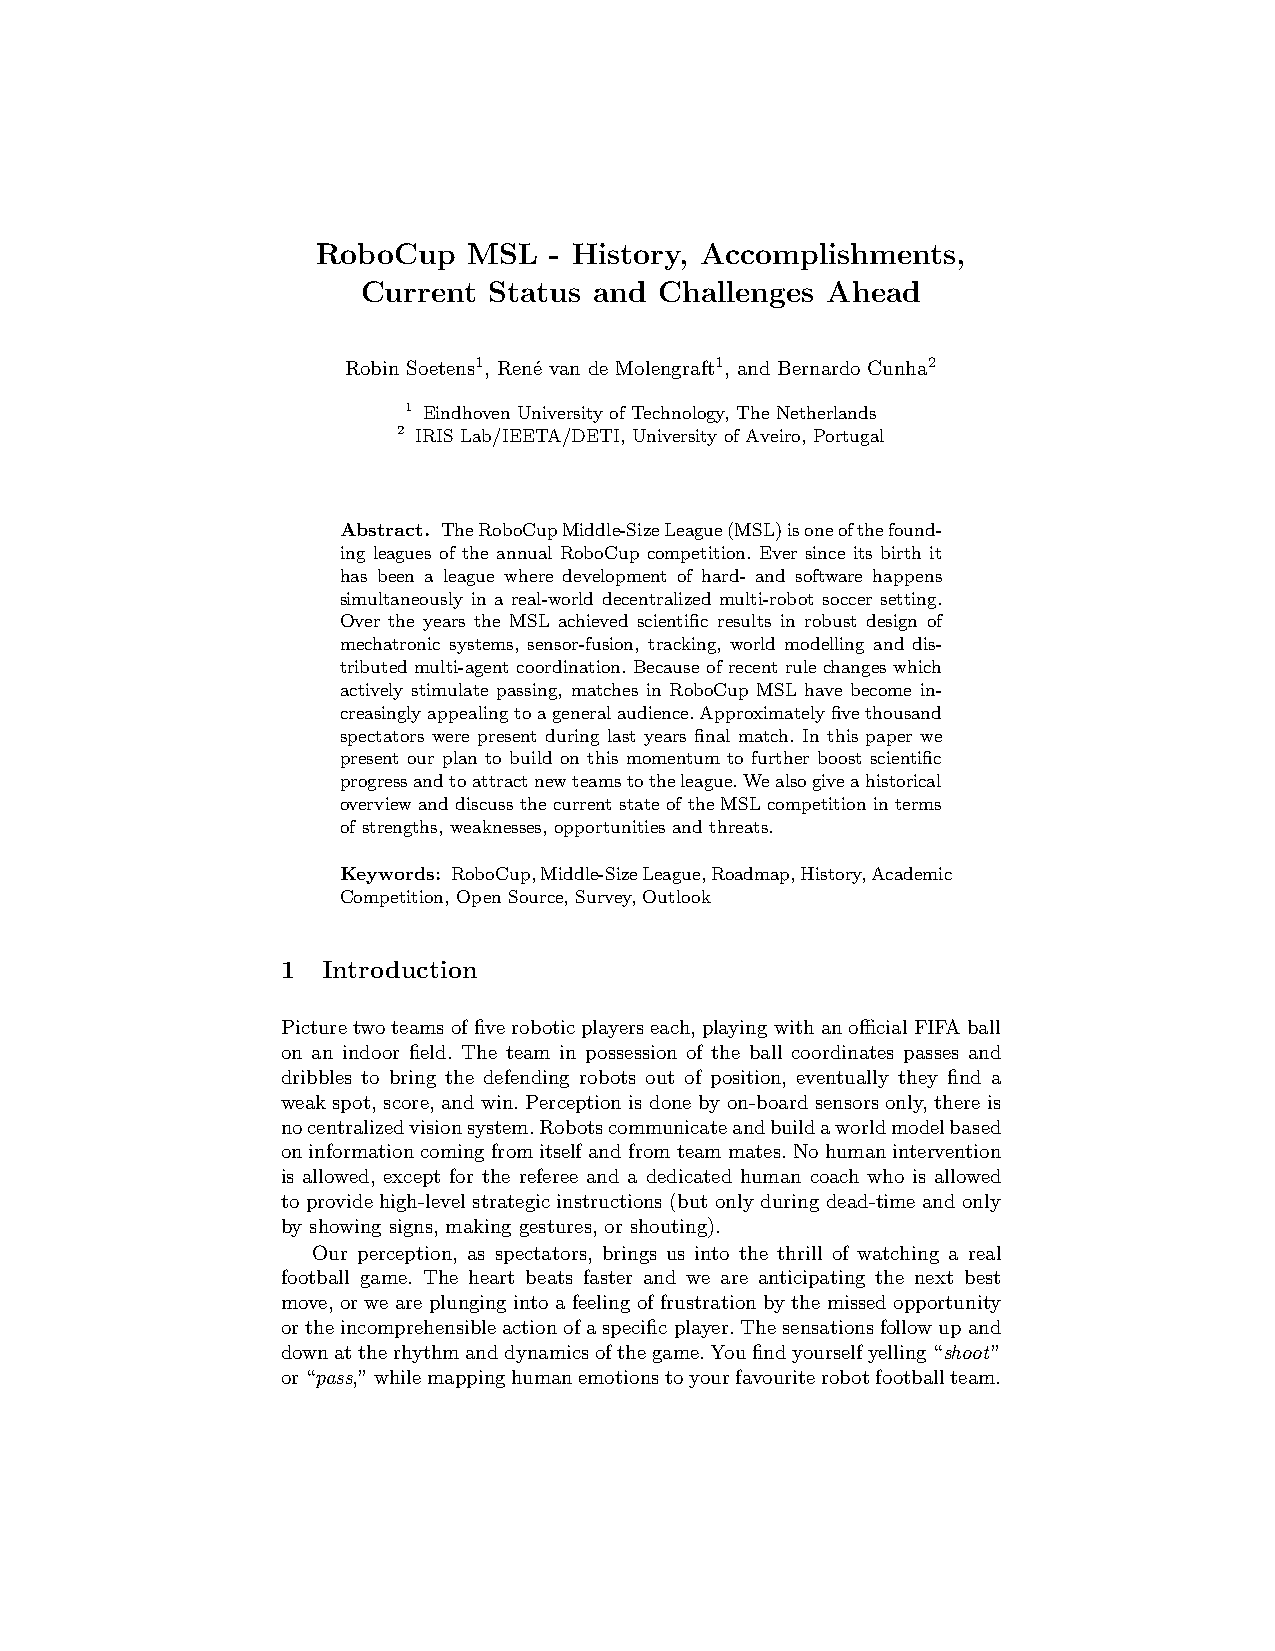
RoboCup   MSL  - History, Accomplishments,
 Current Status and  Challenges Ahead
 Robin Soetens1, Ren´e van de Molengraft1, and Bernardo Cunha2
 1 EindhovenUniversity of Technology, TheNetherlands
 2 IRISLab/IEETA/DETI, University of Aveiro, Portugal
 Abstract. TheRoboCupMiddle-SizeLeague(MSL)isoneofthefound-
 ing leagues of the annual RoboCup competition. Ever since its birth it
 has been a league where development of hard- and software happens
 simultaneously in a real-world decentralized multi-robot soccer setting.
 Over the years the MSL achieved scientific results in robust design of
 mechatronic systems, sensor-fusion, tracking, world modelling and dis-
 tributedmulti-agent coordination. Because ofrecent rulechanges which
 actively stimulate passing, matches in RoboCup MSL have become in-
 creasinglyappealingtoageneralaudience.Approximatelyfivethousand
 spectators were present during last years final match. In this paper we
 present our plan to build on this momentum to further boost scientific
 progressandtoattractnewteamstotheleague.Wealsogiveahistorical
 overviewand discussthecurrentstateof theMSL competition interms
 of strengths, weaknesses, opportunities and threats.
 Keywords: RoboCup,Middle-SizeLeague,Roadmap,History,Academic
 Competition, Open Source, Survey,Outlook
 1 Introduction
 Picturetwoteamsoffiveroboticplayerseach,playingwithanofficialFIFAball
 on an indoor field. The team in possession of the ball coordinates passes and
 dribbles to bring the defending robots out of position, eventually they find a
 weak spot, score,and win. Perceptionis done by on-boardsensorsonly, there is
 nocentralizedvisionsystem.Robotscommunicateandbuildaworldmodelbased
 oninformationcomingfromitselfandfromteammates.Nohumanintervention
 is allowed, except for the referee and a dedicated human coach who is allowed
 to provide high-level strategic instructions (but only during dead-time and only
 by showing signs, making gestures, or shouting).
 Our perception, as spectators, brings us into the thrill of watching a real
 football game. The heart beats faster and we are anticipating the next best
 move,or we are plunging into a feeling offrustrationby the missedopportunity
 orthe incomprehensibleactionofaspecificplayer.Thesensationsfollowupand
 downattherhythmanddynamicsofthegame.Youfindyourselfyelling“shoot”
 or“pass,”whilemappinghumanemotionstoyourfavouriterobotfootballteam.